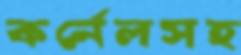
কর্নেলসহ